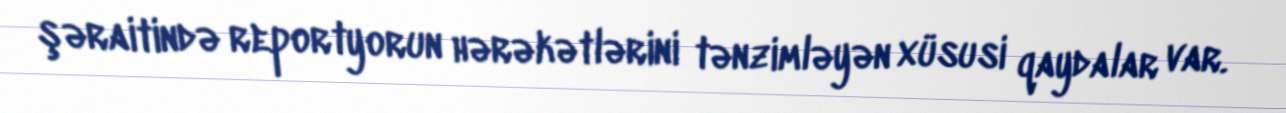
şəraitində reportyorun hərəkətlərini tənzimləyən xüsusi qaydalar var.